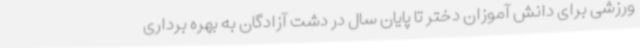
ورزشی برای دانش آموزان دختر تا پایان سال در دشت آزادگان به بهره برداری